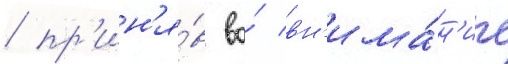
/ пр'ин'я́в во́ вн'има́н'ие